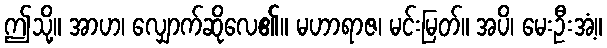
ဤသို့။ အာဟ၊ လျှောက်ဆိုလေ၏။ မဟာရာဇ၊ မင်းမြတ်။ အပိ၊ မေးဦးအံ့။